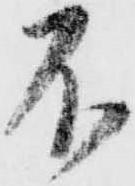
不